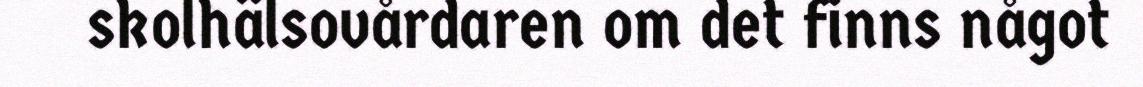
skolhälsovårdaren om det finns något